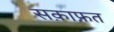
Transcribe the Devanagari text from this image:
सक़ाफ़त